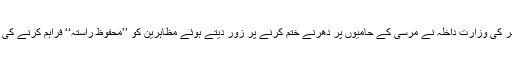
جمعرات کو مصر کی وزارت داخلہ نے مرسی کے حامیوں پر دھرنے ختم کرنے پر زور دیتے ہوئے مظاہرین کو ’’محفوظ راستہ‘‘ فراہم کرنے کی پیشکش کی تھی۔